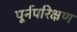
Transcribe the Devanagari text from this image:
पूर्नपरिक्षण